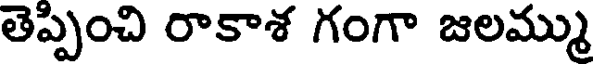
తెప్పించి రాకాశ గంగా జలమ్ము